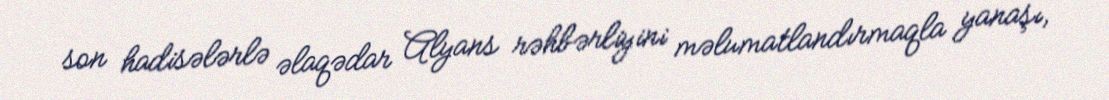
son hadisələrlə əlaqədar Alyans rəhbərliyini məlumatlandırmaqla yanaşı,